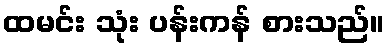
ထမင်း သုံး ပန်းကန် စားသည်။